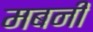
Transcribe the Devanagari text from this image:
मबनी